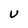
Character: U